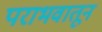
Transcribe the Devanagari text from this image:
पराभवातून